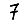
Digit: 7